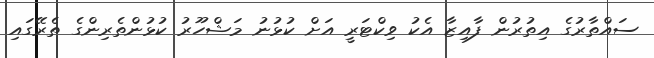
ސައްތާރުގެ އިތުރުން ފާއިޒާ އެކު ވިކްޓަރީ އަށް ކުޅުނު މަޝްހޫރު ކުޅުންތެރިންގެ ތެރޭގައި